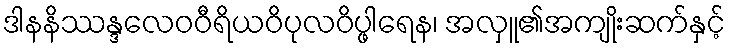
ဒါနနိဿန္ဒလေဝဝီရိယဝိပုလဝိပ္ဖါရေန၊ အလှူ၏အကျိုးဆက်နှင့်